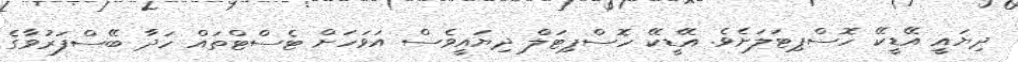
ދިޔައީ އޭޑީކޭ ހޮސްޕިޓަލަށެވެ. އޭޑީކޭ ހޮސްޕިޓަލް ދިޔައީވެސް އަވަހަށް ޓެސްޓްތައް ހަދާ ބޭސްފަރުވާގެ